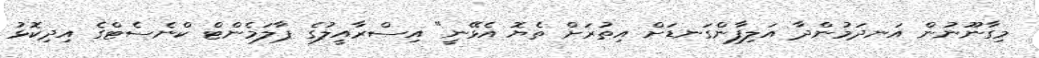
މިގާނޫނުން އަނދަމުންދާ އަލިފާންގަނޑަށް އިތުރަށް ތެޔޮ އެޅޭނީ" އިސްރާއީލުގެ ޕާލަމެންޓް ކްނެސެޓްގެ އިދިކޮޅު